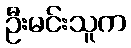
ဦးမင်းသူက